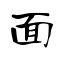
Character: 面